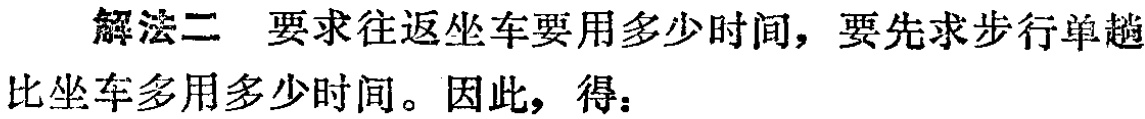
解法二 要求往返坐车要用多少时间，要先求步行单趟比坐车多用多少时间。因此，得：